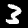
Digit: 3